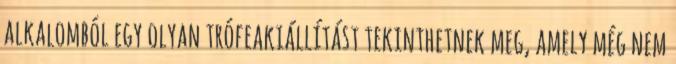
alkalomból egy olyan trófeakiállítást tekinthetnek meg, amely még nem